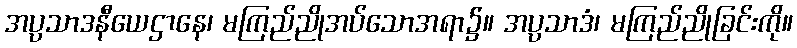
အပ္ပသာဒနီယေဌာနေ၊ မကြည်ညိုအပ်သောအရာ၌။ အပ္ပသာဒံ၊ မကြည်ညိုခြင်းကို။